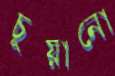
চুয়ানো